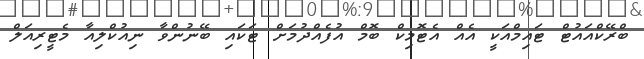
ބްރޭކްއައުޓް ޓައިމްއަކީ އެއް އެޓޮމިކް ބޮމް އުފެއްދުމަށް ޓަކައި ބޭނުންވާ ނިއުކްލިއާ މެޓީރިއަލް